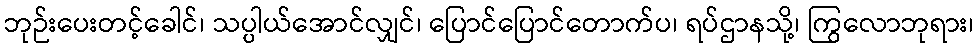
ဘုဉ်းပေးတင့်ခေါင်၊ သပ္ပါယ်အောင်လျှင်၊ ပြောင်ပြောင်တောက်ပ၊ ရပ်ဌာနသို့၊ ကြွလောဘုရား၊